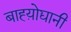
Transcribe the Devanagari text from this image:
बाह्य़ोद्यानी